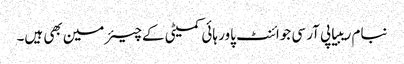
نبام ریبیا پی آر سی جوائنٹ پاور ہائی کمیٹی کےچیئرمین بھی ہیں۔